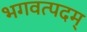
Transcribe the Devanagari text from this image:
भगवत्पदम्